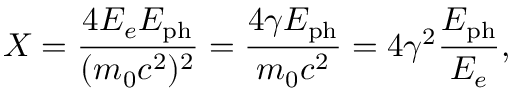
X = \frac { 4 E _ { e } E _ { \mathrm { p h } } } { ( m _ { 0 } c ^ { 2 } ) ^ { 2 } } = \frac { 4 \gamma E _ { \mathrm { p h } } } { m _ { 0 } c ^ { 2 } } = 4 \gamma ^ { 2 } \frac { E _ { \mathrm { p h } } } { E _ { e } } ,